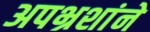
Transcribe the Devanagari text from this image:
अपभ्रशांने